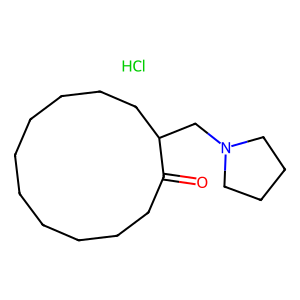
SMILES: Cl.O=C1CCCCCCCCCCC1CN1CCCC1
Inhibits HIV replication: No